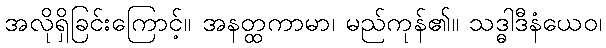
အလိုရှိခြင်းကြောင့်။ အနတ္ထကာမာ၊ မည်ကုန်၏။ သဒ္ဓါဒီနံယေဝ၊